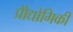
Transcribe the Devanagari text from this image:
प्रोैद्योगिकी